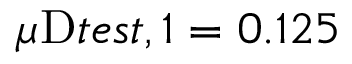
\mu _ { Ḋ } \mathrm { Ḋ } t e s t Ḍ , 1 Ḍ = 0 . 1 2 5